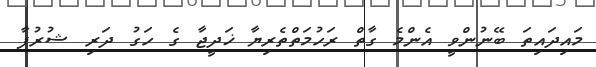
މައިދައިތަ ބޭނުންވީ އެންމެ ގާތް ރަހުމަތްތެރިޔާ ޚަދީޖާ ގެ ހަގު ދަރި ޝުރުފާ